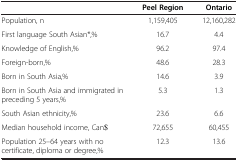
<table><thead><tr><td>[EMPTY_CELL]</td><td><b>Peel Region</b></td><td><b>Ontario</b></td></tr></thead><tbody><tr><td>Population, n</td><td>1,159,405</td><td>12,160,282</td></tr><tr><td>First language South Asian*,%</td><td>16.7</td><td>4.4</td></tr><tr><td>Knowledge of English,%</td><td>96.2</td><td>97.4</td></tr><tr><td>Foreign-born,%</td><td>48.6</td><td>28.3</td></tr><tr><td>Born in South Asia,%</td><td>14.6</td><td>3.9</td></tr><tr><td>Born in South Asia and immigrated in preceding 5 years,%</td><td>5.3</td><td>1.3</td></tr><tr><td>South Asian ethnicity,%</td><td>23.6</td><td>6.6</td></tr><tr><td>Median household income, Can$</td><td>72,655</td><td>60,455</td></tr><tr><td>Population 25–64 years with no certificate, diploma or degree,%</td><td>12.3</td><td>13.6</td></tr></tbody></table>